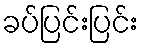
ခပ်ပြင်းပြင်း